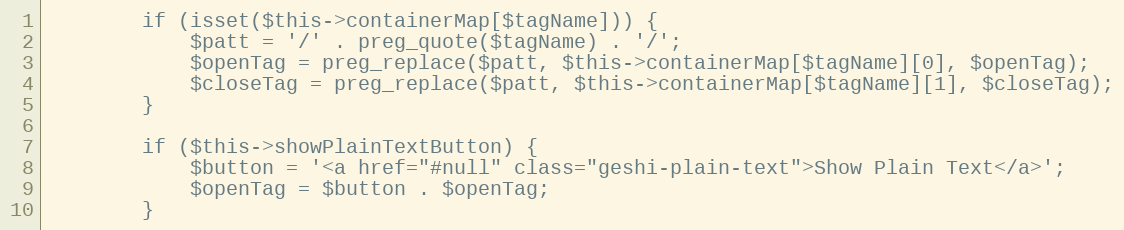
Language: PHP
        if (isset($this->containerMap[$tagName])) {
            $patt = '/' . preg_quote($tagName) . '/';
            $openTag = preg_replace($patt, $this->containerMap[$tagName][0], $openTag);
            $closeTag = preg_replace($patt, $this->containerMap[$tagName][1], $closeTag);
        }

        if ($this->showPlainTextButton) {
            $button = '<a href="#null" class="geshi-plain-text">Show Plain Text</a>';
            $openTag = $button . $openTag;
        }